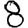
Digit: 8